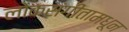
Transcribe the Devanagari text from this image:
लोकसंगीतामधून